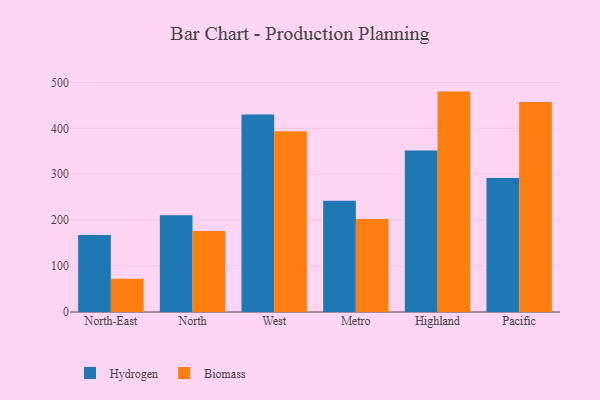
{"axis": {"x": "Region", "y": "Market Share (%)"}, "legend": ["Biomass", "Hydrogen"], "data": [{"x": "North-East", "y": 167.6, "type": "Hydrogen"}, {"x": "North-East", "y": 72.4, "type": "Biomass"}, {"x": "North", "y": 210.8, "type": "Hydrogen"}, {"x": "North", "y": 176.3, "type": "Biomass"}, {"x": "West", "y": 430.2, "type": "Hydrogen"}, {"x": "West", "y": 393.9, "type": "Biomass"}, {"x": "Metro", "y": 242.2, "type": "Hydrogen"}, {"x": "Metro", "y": 202.8, "type": "Biomass"}, {"x": "Highland", "y": 351.6, "type": "Hydrogen"}, {"x": "Highland", "y": 480.0, "type": "Biomass"}, {"x": "Pacific", "y": 292.1, "type": "Hydrogen"}, {"x": "Pacific", "y": 457.4, "type": "Biomass"}]}